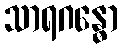
သာရဂန္ဓော